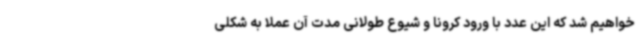
خواهیم شد که این عدد با ورود کرونا و شیوع طولانی مدت آن عملا به شکلی